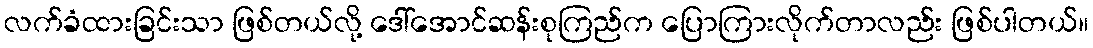
လက်ခံထားခြင်းသာ ဖြစ်တယ်လို့ ဒေါ်အောင်ဆန်းစုကြည်က ပြောကြားလိုက်တာလည်း ဖြစ်ပါတယ်။